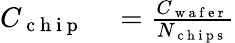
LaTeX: \begin{array}{rl}{C_{\mathrm{~c~h~i~p~}}}&{{}=\frac{C_{\mathrm{~w~a~f~e~r~}}}{N_{\mathrm{~c~h~i~p~s~}}}}\end{array}